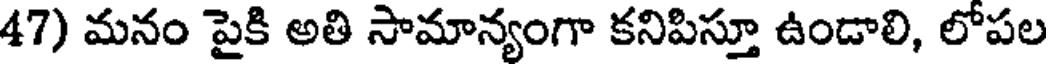
47) మనం పైకి అతి సామాన్యంగా కనిపిస్తూ ఉండాలి, లోపల